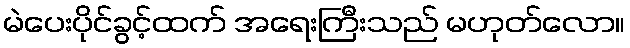
မဲပေးပိုင်ခွင့်ထက် အရေးကြီးသည် မဟုတ်လော။